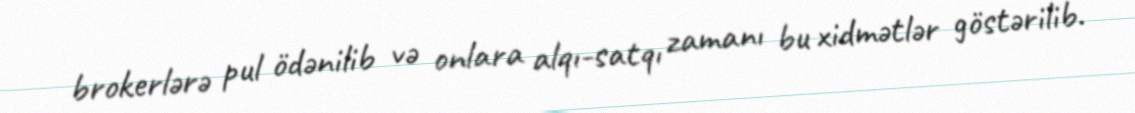
brokerlərə pul ödənilib və onlara alqı-satqı zamanı bu xidmətlər göstərilib.